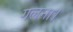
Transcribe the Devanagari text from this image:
गलना।